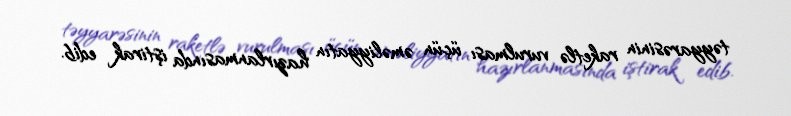
təyyarəsinin raketlə vurulması üçün əməliyyatın hazırlanmasında iştirak edib.